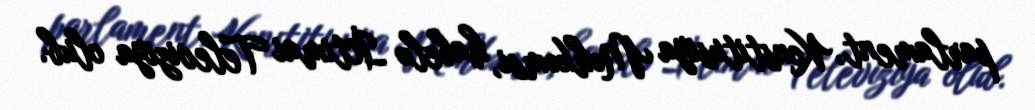
parlament, Konstitusiya Məhkəmsi, habelə İctimai Televiziya olub.